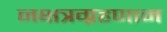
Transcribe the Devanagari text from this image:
नक्षत्रग्रहणाम